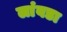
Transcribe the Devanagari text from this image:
लांबडा